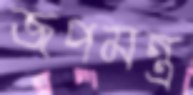
জপমন্ত্র